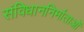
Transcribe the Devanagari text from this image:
संविधाननिर्माताओं